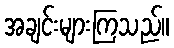
အချင်းများကြသည်။